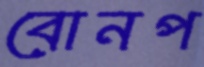
বোনপ